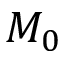
M _ { 0 }